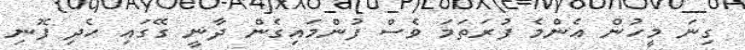
ގިނަ މީހުން އެންމެ ފުރަތަމަ ވެސް ފުންމައިގެން ދާނީ ގޭގައި ހެދި ފޮނި